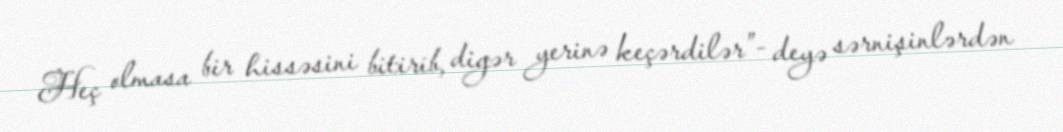
Heç olmasa bir hissəsini bitirib, digər yerinə keçərdilər”- deyə sərnişinlərdən